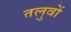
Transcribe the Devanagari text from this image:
तलुवों